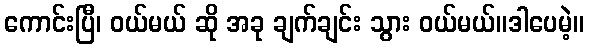
ကောင်းပြီ၊ ဝယ်မယ် ဆို အခု ချက်ချင်း သွား ဝယ်မယ်။ဒါပေမဲ့။